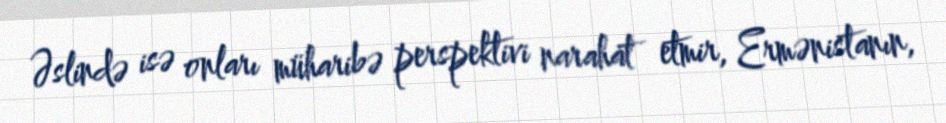
Əslində isə onları müharibə perspektivi narahat etmir, Ermənistanın,